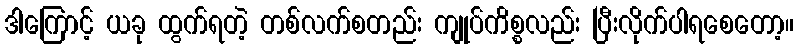
ဒါကြောင့် ယခု ထွက်ရတဲ့ တစ်လက်စတည်း ကျုပ်ကိစ္စလည်း ပြီးလိုက်ပါရစေတော့။